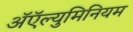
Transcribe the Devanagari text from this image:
अॅऍल्युमिनियम